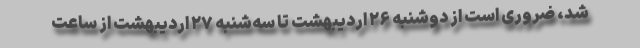
شد، ضروری است از دوشنبه ۲۶ اردیبهشت تا سه‌شنبه ۲۷ اردیبهشت از ساعت